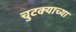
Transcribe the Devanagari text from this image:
चुटक्याच्या